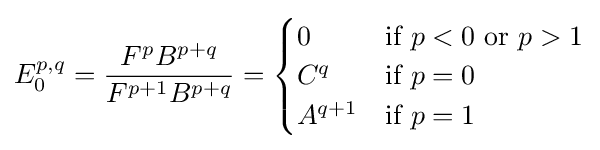
E_{0}^{p,q}={\frac {F^{p}B^{p+q}}{F^{p+1}B^{p+q}}}={\begin{cases}0&{\text{if }}p<0{\text{ or }}p>1\\C^{q}&{\text{if }}p=0\\A^{q+1}&{\text{if }}p=1\end{cases}}